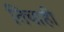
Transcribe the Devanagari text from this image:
तिचाही